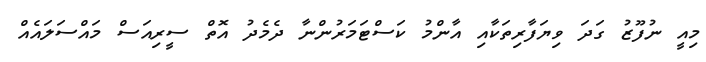
މިއީ ނުފޫޒު ގަދަ ވިޔަފާރިތަކާއި އާންމު ކަސްޓަމަރުންނާ ދެމެދު އޮތް ސީރިއަސް މައްސަލައެއް